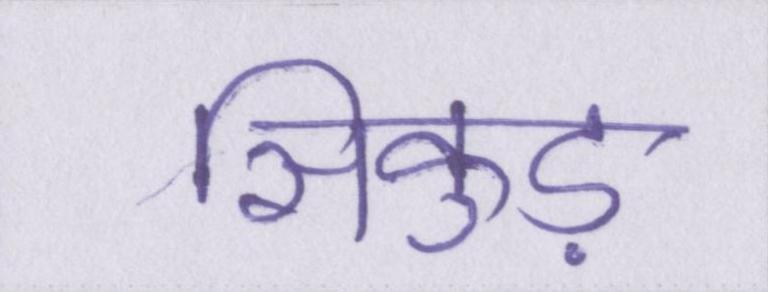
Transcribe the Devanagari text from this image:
सिकुड़